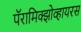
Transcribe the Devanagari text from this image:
पॅरामिक्झोव्हायरस